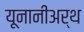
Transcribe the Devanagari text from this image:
यूनानीअर्थ